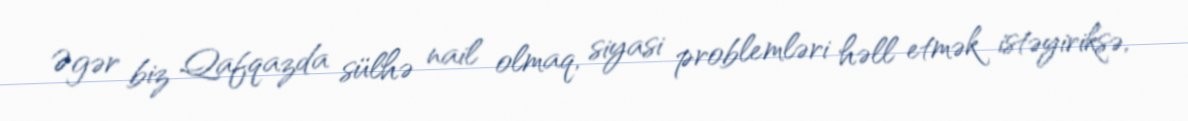
Əgər biz Qafqazda sülhə nail olmaq, siyasi problemləri həll etmək istəyiriksə,